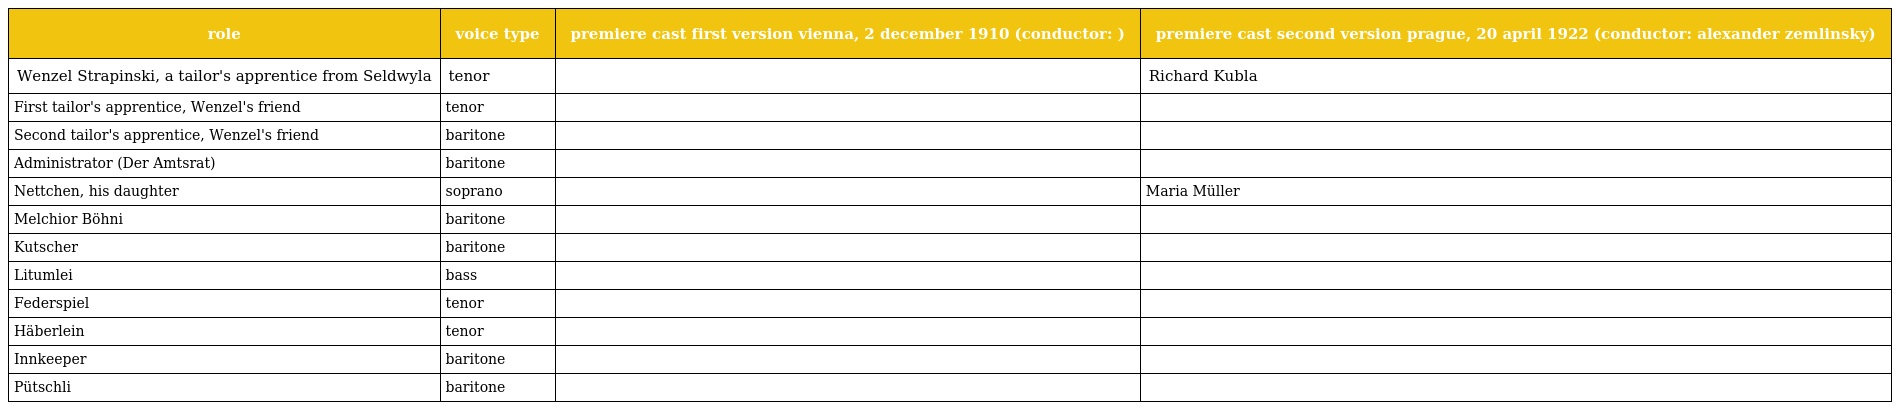
| role | voice type | premiere cast first version vienna, 2 december 1910 (conductor: ) | premiere cast second version prague, 20 april 1922 (conductor: alexander zemlinsky) |
 | --- | --- | --- | --- |
 | Wenzel Strapinski, a tailor's apprentice from Seldwyla | tenor |  | Richard Kubla |
 | First tailor's apprentice, Wenzel's friend | tenor |  |  |
 | Second tailor's apprentice, Wenzel's friend | baritone |  |  |
 | Administrator (Der Amtsrat) | baritone |  |  |
 | Nettchen, his daughter | soprano |  | Maria Müller |
 | Melchior Böhni | baritone |  |  |
 | Kutscher | baritone |  |  |
 | Litumlei | bass |  |  |
 | Federspiel | tenor |  |  |
 | Häberlein | tenor |  |  |
 | Innkeeper | baritone |  |  |
 | Pütschli | baritone |  |  |